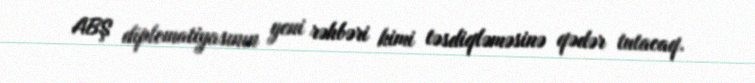
ABŞ diplomatiyasının yeni rəhbəri kimi təsdiqləməsinə qədər tutacaq.